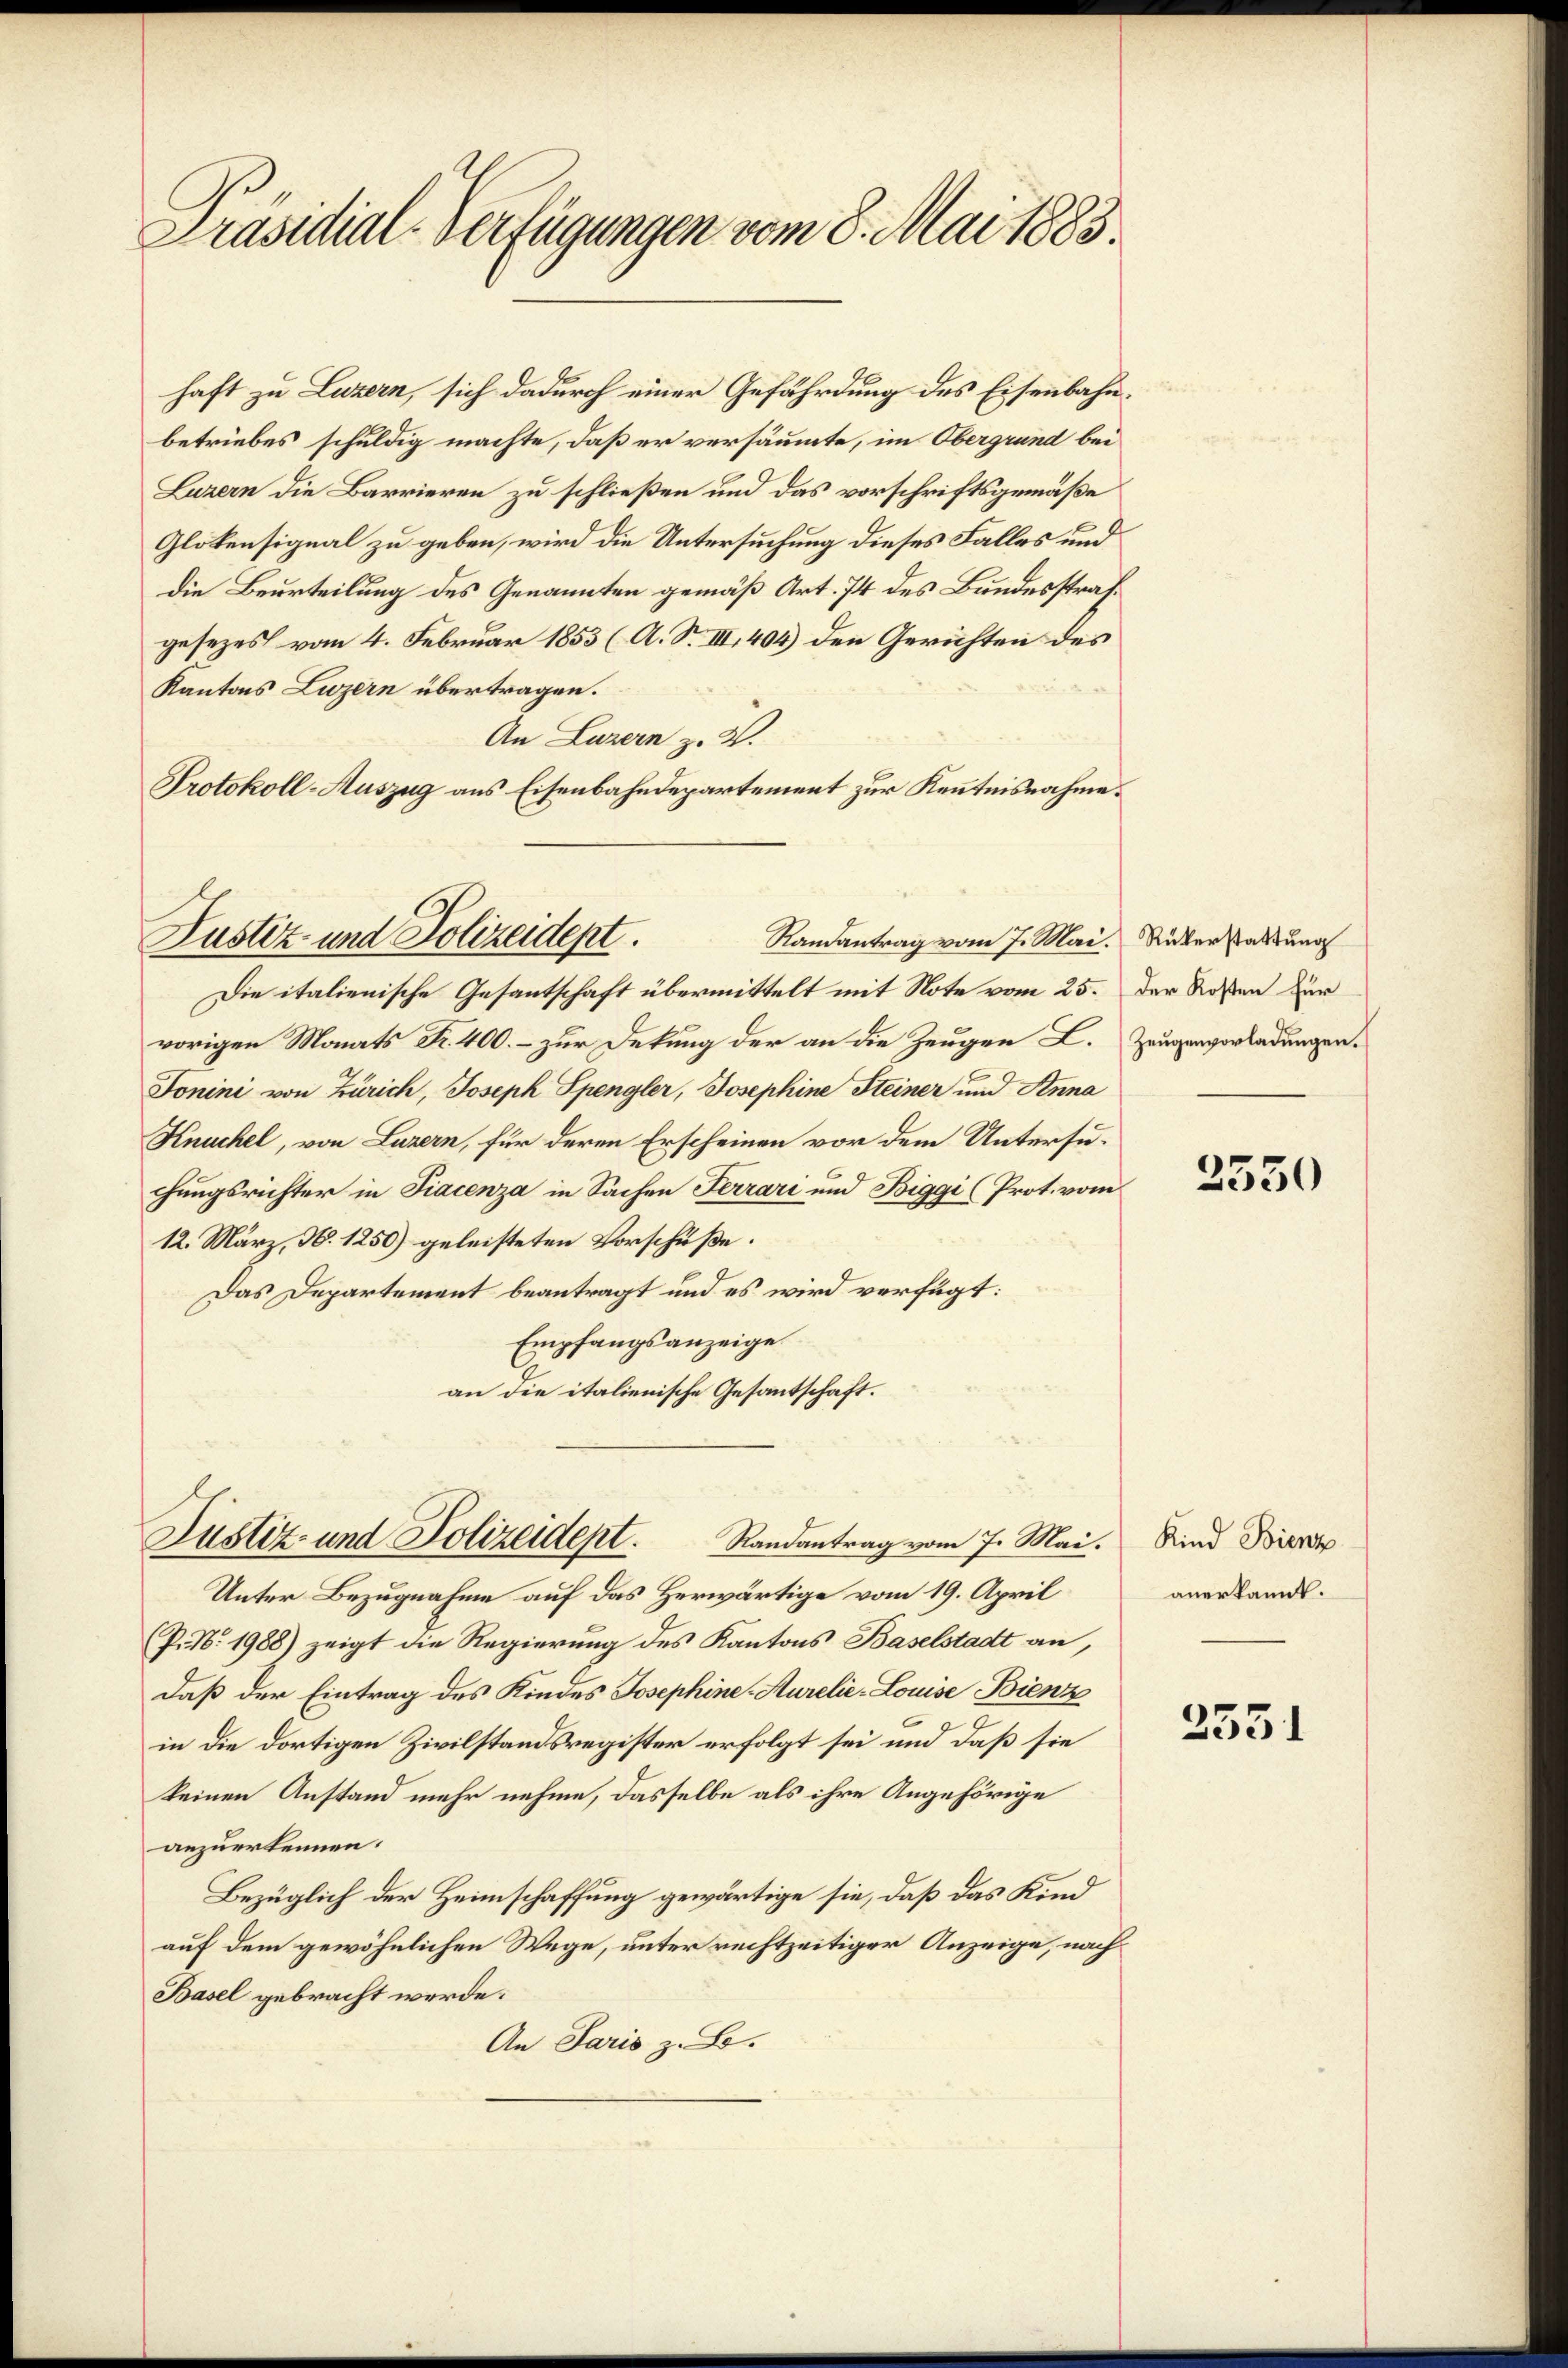
Präsidial-Verfügungen vom 8. Mai 1883.

haft zu Luzern, sich dadurch einer Gefährdung des Eisenbahn.
betriebes schuldig machte, daß er versäumte, im Obergrund bei
Luzern die Barrieren zu schließen und das vorschriftsgemäße
Glotensignal zu geben, wird die Untersuchung dieses Falles und
die Beurteilung des Genannten gemäß Art. 74 des Bundesstrafgesezes vom 4. Februar 1853 (A. S. III. 404) den Gerichten des
Kantons Luzern übertragen.
An Luzern z. B.
Protokoll-Auszug aus Eisenbahndepartement zur Kenntnisnahme.

Justiz- und Polizeidept.
Randantrag vom 7. Mai.

Justiz- und Polizeidept. Randantrag vom 7. Mai.

Die italienische Gesantschaft übermittelt mit Note vom 25.
vorigen Monats Fr. 400. – zur Dekung der an die Zeugen L. Zeugenvorladungen.
Fonini von Zürich, Joseph Spengler, Josephine Steiner und Anna
Knuchel, von Luzern, für deren Erscheinen vor dem Untersuchungsrichter in Fiacenza in Sachen Ferrari und Biggi (Prot. vom
12. März, N. 1250) geleisteten Vorschüße:
Das Departement beantragt und es wird verfügt:
Empfangsanzeige
an die italienische Gesantschaft.

Unter Bezugnahme auf das Herwärtige vom 19. April
(P. N. 1988) zeigt die Regierung des Kantons Baselstadt an,
daß der Eintrag des Kindes Josephine-Aurelie-Louise Bienze
in die dortigen Zivilstandsregister erfolgt sei und daß sie
keinen Anstand mehr nehme, dasselbe als ihre Angehörige
anzuerkennen.
Bezüglich der Heimschaffung gewärtige sie, daß das Kind
auf dem gewöhnlichen Wege, unter rechtzeitiger Anzeige, nach
Basel gebracht werde.
An Paris z. B.

Rükerstattung
Der Kosten für

2550

Kind Bienz
anerkannt.

2531